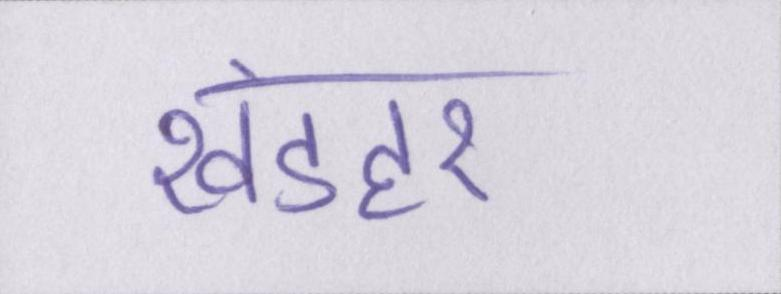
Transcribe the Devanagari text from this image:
खंडहर